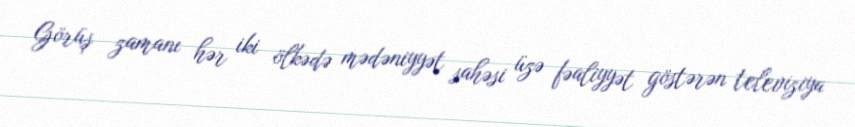
Görüş zamanı hər iki ölkədə mədəniyyət sahəsi üzə fəaliyyət göstərən televiziya